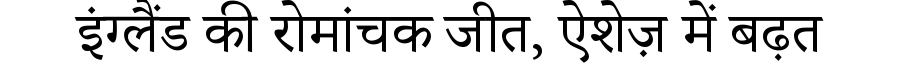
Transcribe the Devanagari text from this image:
इंग्लैंड की रोमांचक जीत, ऐशेज़ में बढ़त